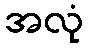
အလုံ